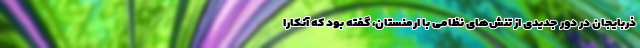
ذربایجان در دور جدیدی از تنش‌های نظامی با ارمنستان، گفته بود که آنکارا